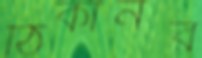
ঠিকানর